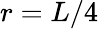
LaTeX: r=L/4